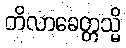
တိလာခေတ္တသ္မိ